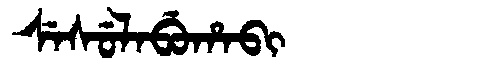
Manchu: ᠰᡝᠰᡠᠯᠠᠪᡠᡥᠠᠪᡳ
Romanization: SESULABUHABI